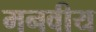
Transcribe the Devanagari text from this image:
मनवीय